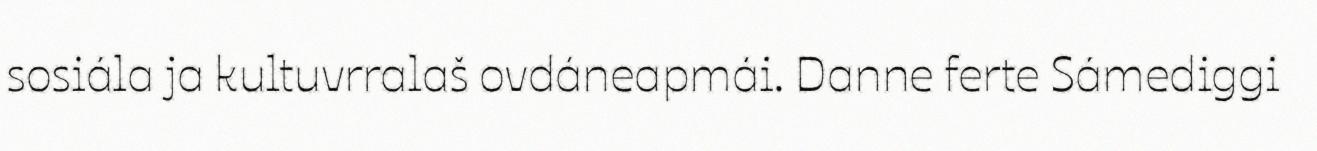
sosiála ja kultuvrralaš ovdáneapmái. Danne ferte Sámediggi